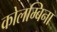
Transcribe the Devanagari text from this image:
कोलम्बिना